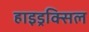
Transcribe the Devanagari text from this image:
हाइड्रक्सिल